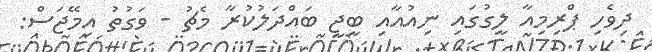
ދިވެހި ޕްރިމިއާ ލީގުގައި ނިއުއާއި ބީޖީ ބައްދަލުކުރާ މެޗު - ވަގުތު އިމޭޖަސް: